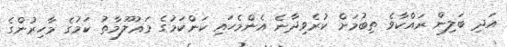
އަދި ބަލިން ރައްކާވެ ތިބުމަށް ކުރެވިދާނެ އެންމެހައި ކަންކަމުގެ މަޢުލޫމާތު ކަމުގެ މާހިރުންގެ